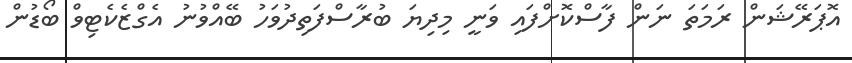
އޮޕަރޭޝަން ރަމަތަ ނަން ފާސްކޮށްފައި ވަނީ މިދިޔަ ބުރާސްފަތިދުވަހު ބޭއްވުނު އެގްޒެކެޓިވް ބޯޑުން